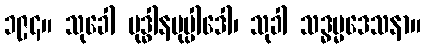
၁၉၄။ သုခေါ ဗုဒ္ဓါနမုပ္ပါဒေါ၊ သုခါ သဒ္ဓမ္မဒေသနာ။